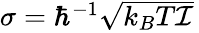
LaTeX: \begin{array}{r}{\sigma=\hbar^{-1}\sqrt{k_{B}T\mathcal{I}}\, }\end{array}